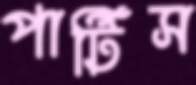
পার্টিস